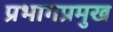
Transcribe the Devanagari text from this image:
प्रभागप्रमुख